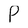
Character: P